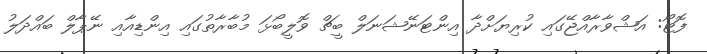
ފޮޓޯ: އަޝްވާރާއްޖޭގައި ކުރިޔަށްދާ އިންޓަނޭޝަނަލް ބީޗް ވޮލީބޯޅަ މުބާރާތުގައި އިންޑިއާއި ނޭޕާލް ބައްދަލު